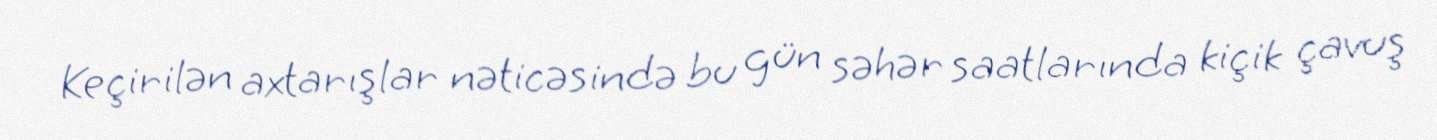
Keçirilən axtarışlar nəticəsində bu gün səhər saatlarında kiçik çavuş